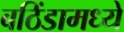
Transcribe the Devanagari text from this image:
बठिंडामध्ये